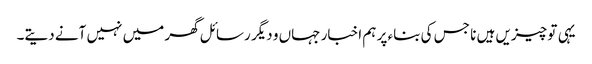
یہی تو چیزیں ہیں نا جس کی بناء پر ہم اخبار جہاں و دیگر رسائل گھر میں نہیں آنے دیتے۔